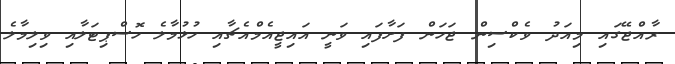
ރާއްޖޭގައި މިއަދު ވެކްސިން ޖަހަން ފަށާފައި ވަނީ އައިޖީއެމްއެޗާއި ހުޅުމާލެ ހޮސްޕިޓަލާއި ވިލިމާލެ